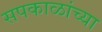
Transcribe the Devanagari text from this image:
सपकाळांच्या